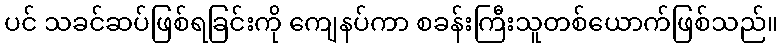
ပင် သခင်ဆပ်ဖြစ်ရခြင်းကို ကျေနပ်ကာ စခန်းကြီးသူတစ်ယောက်ဖြစ်သည်။